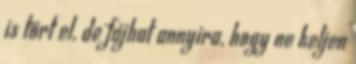
is tört el, de fájhat annyira, hogy ne keljen